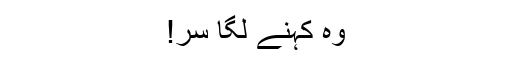
وہ کہنے لگا سر!